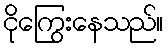
ငိုကြွေးနေသည်။